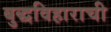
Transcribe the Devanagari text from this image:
बुद्धविहाराची